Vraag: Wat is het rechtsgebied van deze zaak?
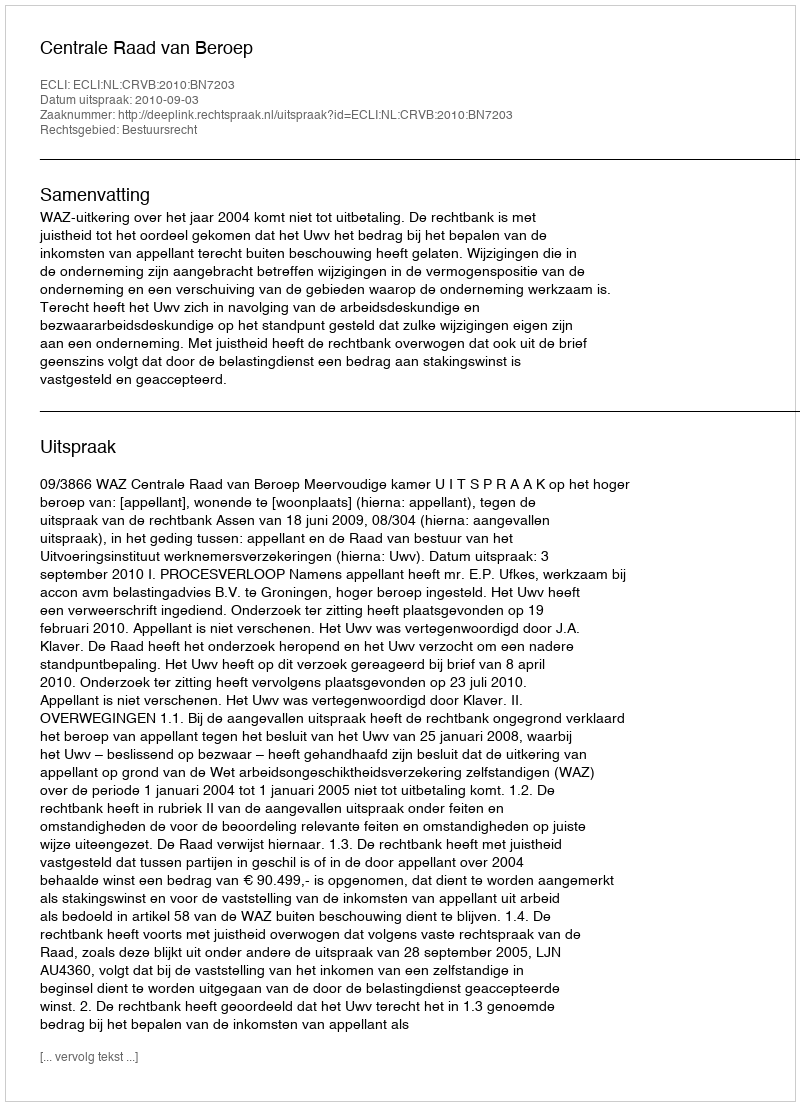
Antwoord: Bestuursrecht